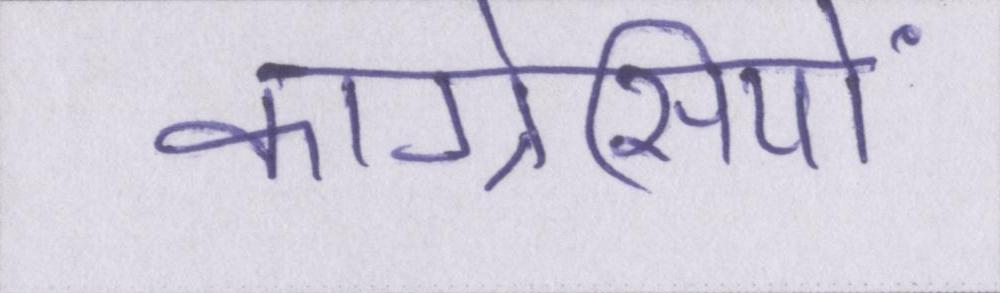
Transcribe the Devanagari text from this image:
कांग्रेसियों